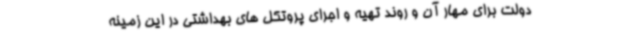
دولت برای مهار آن و روند تهیه و اجرای پروتکل های بهداشتی در این زمینه